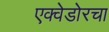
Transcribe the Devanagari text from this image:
एक्वेडोरचा